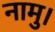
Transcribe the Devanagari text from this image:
नामु।